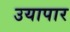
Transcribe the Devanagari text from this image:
उयापार